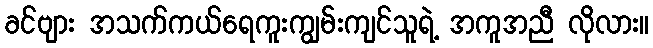
ခင်ဗျား အသက်ကယ်ရေကူးကျွမ်းကျင်သူရဲ့ အကူအညီ လိုလား။